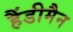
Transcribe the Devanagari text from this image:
हैंडीमैन